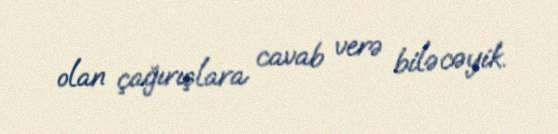
olan çağırışlara cavab verə biləcəyik.